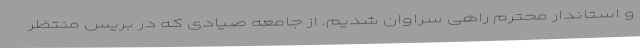
و استاندار محترم راهی سراوان شدیم. از جامعه صیادی که در بریس منتظر